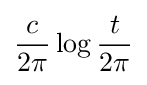
{\frac {c}{2\pi }}\log {\frac {t}{2\pi }}